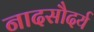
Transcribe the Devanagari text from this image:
नादसौदर्य